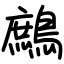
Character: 鷓